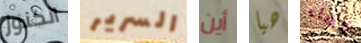
الكنوز السرير أين هيا فضاء